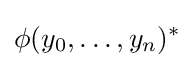
\phi (y_{0},\ldots ,y_{n})^{*}